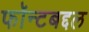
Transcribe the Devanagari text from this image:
फॉन्टबद्दल